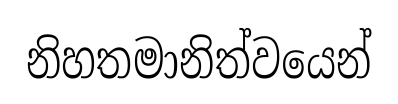
නිහතමානිත්වයෙන්